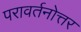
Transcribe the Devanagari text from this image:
परावर्तनोत्तर